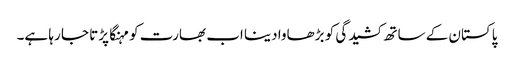
پاکستان کے ساتھ کشیدگی کو بڑھاوا دینا اب بھارت کو مہنگا پڑتا جا رہا ہے۔